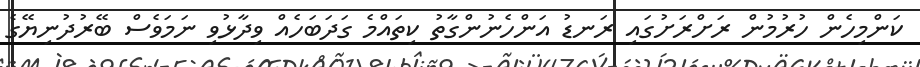
ކަންމިހެން ހުރުމުން ރަށްރަށުގައި ރަނޑު އަންހެނުންގާތު ކިތައްމެ ގަދަބަހެއް ވިދާޅުވި ނަމަވެސް ބޭރުދުނިޔޭގެ